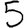
Digit: 5